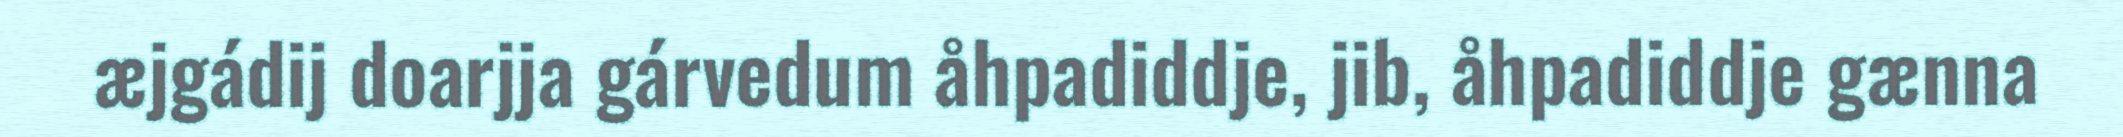
æjgádij doarjja gárvedum åhpadiddje, jib, åhpadiddje gænna